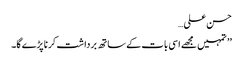
حسن علی…
’’ تمہیں مجھے اسی بات کے ساتھ برداشت کرنا پڑے گا۔